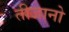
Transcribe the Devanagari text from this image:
तीजानो